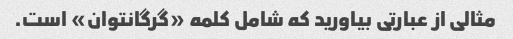
مثالی از عبارتی بیاورید که شامل کلمه «گرگانتوان» است.